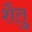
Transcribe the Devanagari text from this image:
शैतु